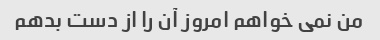
من نمی خواهم امروز آن را از دست بدهم